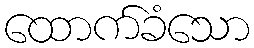
ထောက်ခံသော